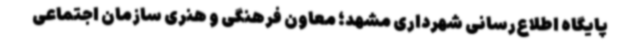
پایگاه اطلاع‌رسانی شهرداری مشهد؛ معاون فرهنگی و هنری سازمان اجتماعی